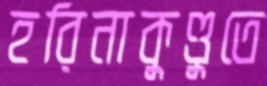
হরিনাকুণ্ডুতে